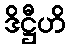
ဒိဋ္ဌီဟိ